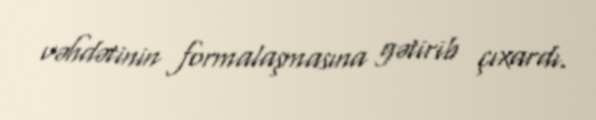
vəhdətinin formalaşmasına gətirib çıxardı.